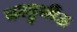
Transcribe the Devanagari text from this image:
काढुनी॥